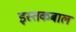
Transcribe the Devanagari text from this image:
इस्तकबाल